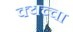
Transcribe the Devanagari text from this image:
क्यच्चा